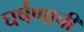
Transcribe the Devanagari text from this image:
घर्षणाची